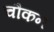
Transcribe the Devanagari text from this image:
चौकन